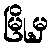
မြို့မှ